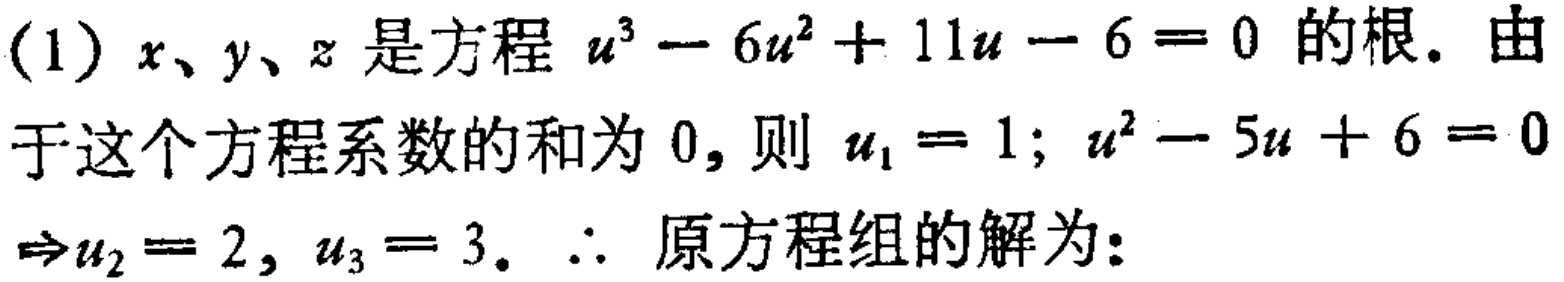
(1) \(x、y、z\)是方程 \(u^{3}-6u^{2}+11u - 6 = 0\)的根。由于这个方程系数的和为 \(0\)，则 \(u_{1}=1\)；\(u^{2}-5u + 6 = 0\Rightarrow u_{2}=2,\ u_{3}=3\)。\(\therefore\) 原方程组的解为：